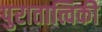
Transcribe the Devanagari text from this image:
पुरातात्त्विकी